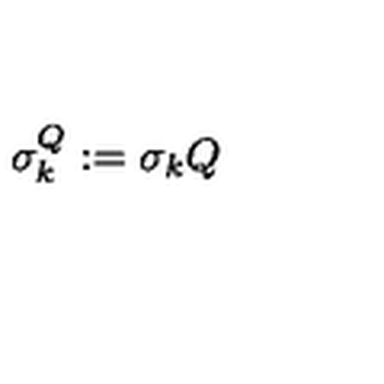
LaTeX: \sigma _ { k } ^ { Q } : = \sigma _ { k } Q